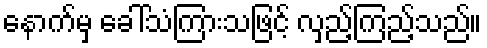
နောက်မှ ခေါ်သံကြားသဖြင့် လှည့်ကြည့်သည်။